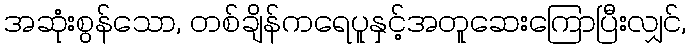
အဆုံးစွန်သော, တစ်ချိန်ကရေပူနှင့်အတူဆေးကြောပြီးလျှင်,